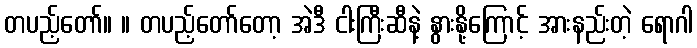
တပည့်တော်။ ။ တပည့်တော်တော့ အဲဒီ ငါးကြီးဆီနဲ့ နွားနို့ကြောင့် အားနည်းတဲ့ ရောဂါ